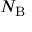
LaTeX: N _ { \mathrm { B } }